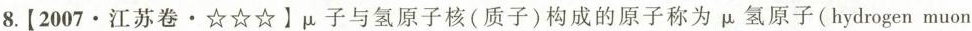
8.【2007·江苏卷·☆☆☆】\mu 子与氢原子核(质子)构成的原子称为\mu 氢原子(hydrogen muon